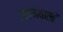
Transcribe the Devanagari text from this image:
उठानवाली